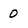
Character: 0